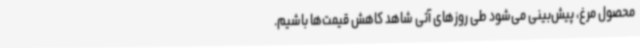
محصول مرغ، پیش‌بینی می‌شود طی روزهای آتی شاهد کاهش قیمت‌ها باشیم.